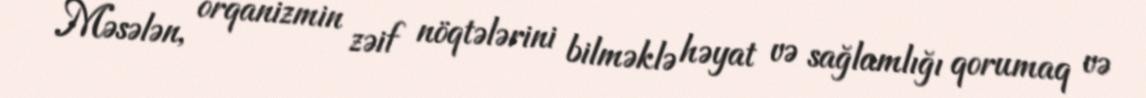
Məsələn, orqanizmin zəif nöqtələrini bilməklə həyat və sağlamlığı qorumaq və